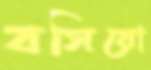
বসিয়ো